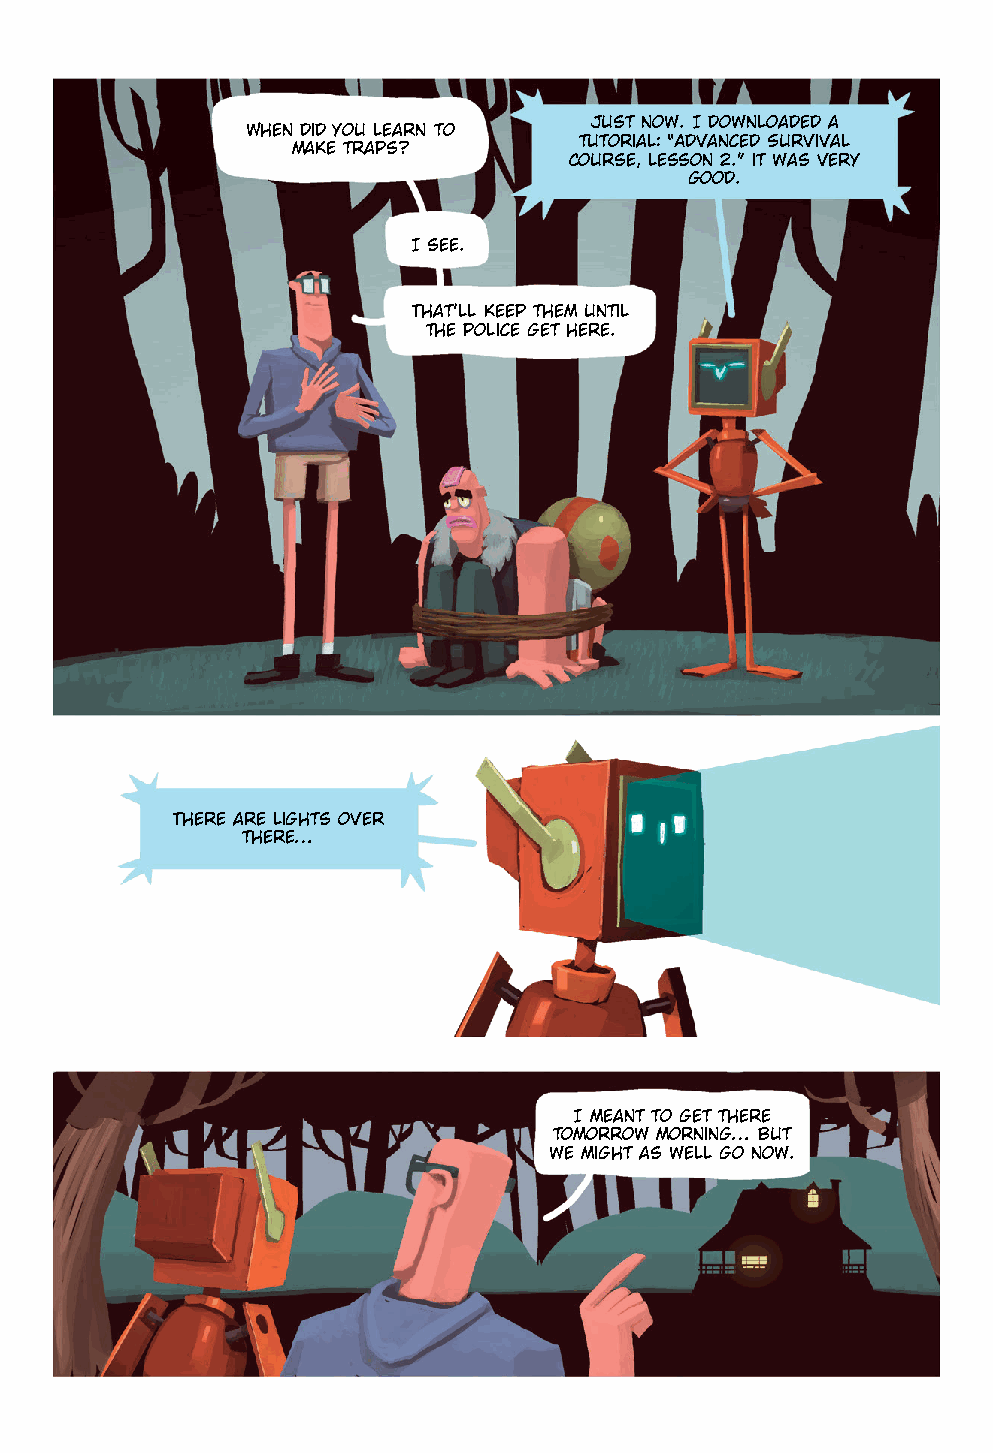
Just now. I downloaded a
 When did you learn to
 tutorial: “Advanced Survival
 make traps?
 Course, lesson 2.” it was very
 good.
 I see.
 That’ll keep them until
 the police get here.
 There are lights over
 there…
 I meant to get there
 tomorrow morning… but
 we might as well go now.